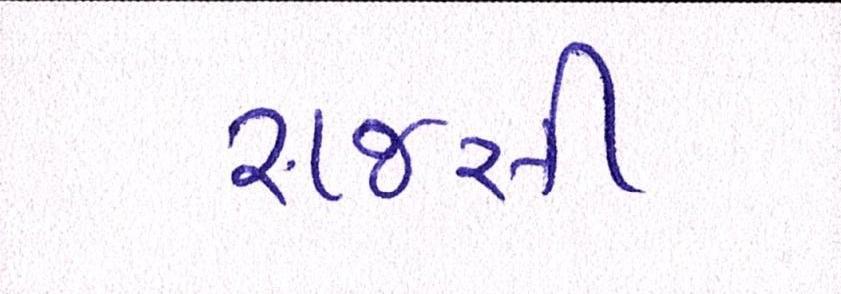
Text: રાજસી